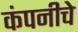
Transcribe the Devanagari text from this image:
कंपनीचेे